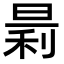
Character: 𪰬